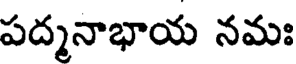
పద్మనాభాయ నమః